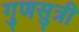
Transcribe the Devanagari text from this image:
गुणसुत्री